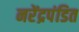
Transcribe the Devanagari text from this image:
नरेंद्रपंडित